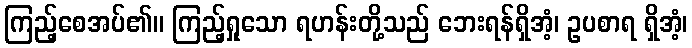
ကြည့်စေအပ်၏။ ကြည့်ရှုသော ရဟန်းတို့သည် ဘေးရန်ရှိအံ့၊ ဥပစာရ ရှိအံ့၊